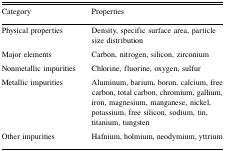
| Category | Properties |
 | --- | --- |
 | Physical properties | Density, specific surface area, particle size distribution |
 | Major elements | Carbon, nitrogen, silicon, zirconium |
 | Nonmetallic impurities | Chlorine, fluorine, oxygen, sulfur |
 | Metallic impurities | Aluminum, barium, boron, calcium, free carbon, total carbon, chromium, gallium, iron, magnesium, manganese, nickel, potassium, free silicon, sodium, tin, titanium, tungsten |
 | Other impurities | Hafnium, holmium, neodymium, yttrium |